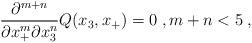
LaTeX: \begin{align*}\frac{\partial^{m+n}}{\partial x_+^m\partial x_3^n}Q(x_3,x_+)=0\;, m+n<5\;,\end{align*}